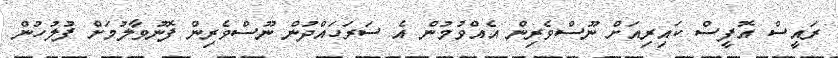
ރައީސް އޮފީސް ކައިރިއަށް ނޫސްވެރިން އެއްވުމުން އެ ސަރަހައްދުން ނޫސްވެރިން ފޮނުވާލުމަށް ފުލުހުން